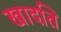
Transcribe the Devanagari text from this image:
खादति